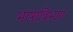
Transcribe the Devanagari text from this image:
भाषाविभाग